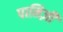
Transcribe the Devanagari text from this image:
पानिज़ी